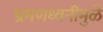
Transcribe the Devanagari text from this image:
भ्रमणध्वनीमुळे